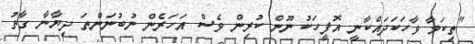
"ތިކަމާ ވާހަކަދައްކާނީ އޮފީހަކު ނޫން ކުރިން ވެސް އަހަރެން ނުބުނަންތަ ދިޔާނާ ގާތު